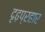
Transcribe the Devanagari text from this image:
दृढ़प्रहार